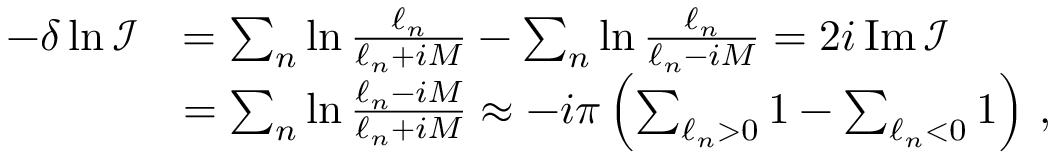
\begin{array} { r l } { - \delta \ln \mathcal { I } } & { = \sum _ { n } \ln \frac { \ell _ { n } } { \ell _ { n } + i M } - \sum _ { n } \ln \frac { \ell _ { n } } { \ell _ { n } - i M } = 2 i \operatorname { I m } \mathcal { I } } \\ & { = \sum _ { n } \ln \frac { \ell _ { n } - i M } { \ell _ { n } + i M } \approx - i \pi \left( \sum _ { \ell _ { n } > 0 } 1 - \sum _ { \ell _ { n } < 0 } 1 \right) \, , } \end{array}